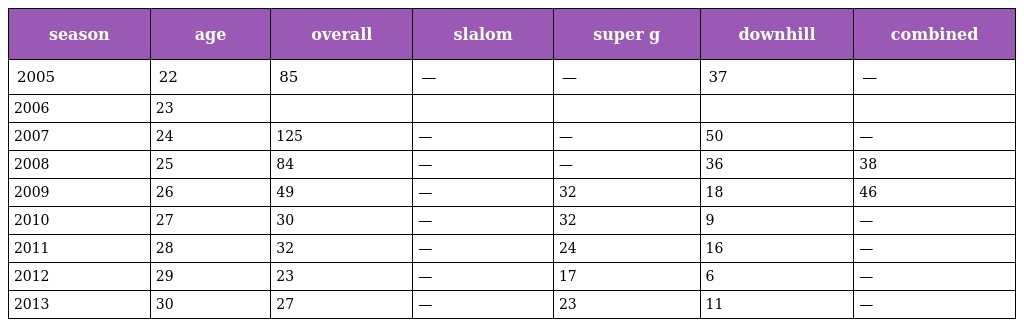
| season | age | overall | slalom | super g | downhill | combined |
 | --- | --- | --- | --- | --- | --- | --- |
 | 2005 | 22 | 85 | — | — | 37 | — |
 | 2006 | 23 |  |  |  |  |  |
 | 2007 | 24 | 125 | — | — | 50 | — |
 | 2008 | 25 | 84 | — | — | 36 | 38 |
 | 2009 | 26 | 49 | — | 32 | 18 | 46 |
 | 2010 | 27 | 30 | — | 32 | 9 | — |
 | 2011 | 28 | 32 | — | 24 | 16 | — |
 | 2012 | 29 | 23 | — | 17 | 6 | — |
 | 2013 | 30 | 27 | — | 23 | 11 | — |